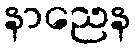
နာညေန